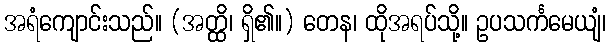
အရံကျောင်းသည်။ (အတ္ထိ၊ ရှိ၏။) တေန၊ ထိုအရပ်သို့။ ဥပသင်္ကမေယျံ၊